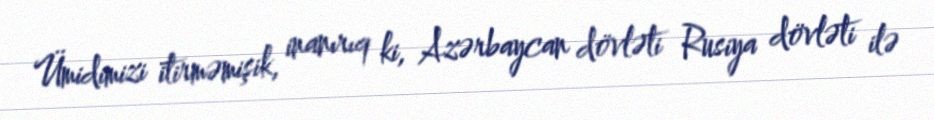
Ümidimizi itirməmişik, inanırıq ki, Azərbaycan dövləti Rusiya dövləti ilə